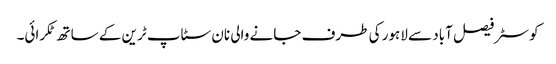
کوسٹر فیصل آباد سے لاہور کی طرف جانے والی نان سٹاپ ٹرین کے ساتھ ٹکرائی۔